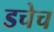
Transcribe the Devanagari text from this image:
डचेच